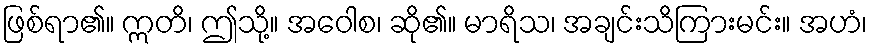
ဖြစ်ရာ၏။ ဣတိ၊ ဤသို့။ အဝေါစ၊ ဆို၏။ မာရိသ၊ အချင်းသိကြားမင်း။ အဟံ၊